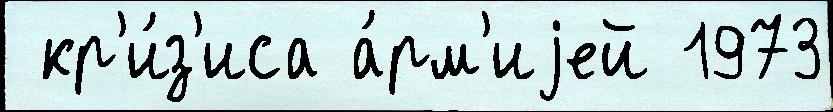
 кр'и́з'иса а́рм'иjей 1973